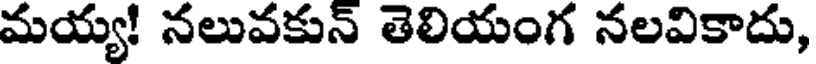
మయ్య! నలువకున్ తెలియంగ నలవికాదు,